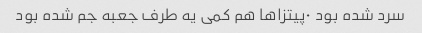
سرد شده بود ۰پیتزاها هم کمی یه طرف جعبه جم شده بود